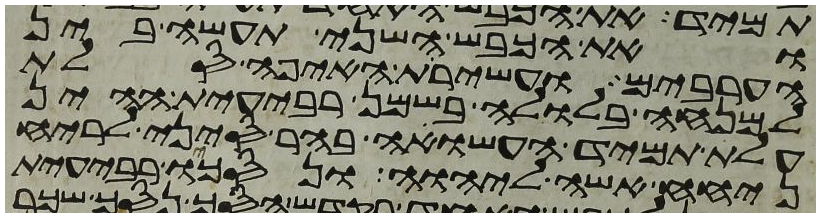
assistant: ואת הכבש השני תעשה בין
הערבים ועשירת האיפה סלת
למנחה בלולה בשמן רבעית ההין
עלת תמיד העשויה בהר סיני לריח
ניחח אשה ליהוה ונסכו רבעית